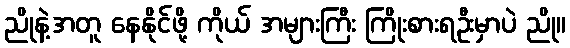
ညိုနဲ့အတူ နေနိုင်ဖို့ ကိုယ် အများကြီး ကြိုးစားရဦးမှာပဲ ညို။